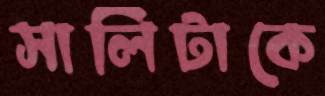
সালিটাকে